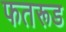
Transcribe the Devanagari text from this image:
फतरूड